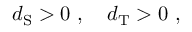
d _ { \mathrm { S } } > 0 \ , \quad d _ { \mathrm { T } } > 0 \ ,